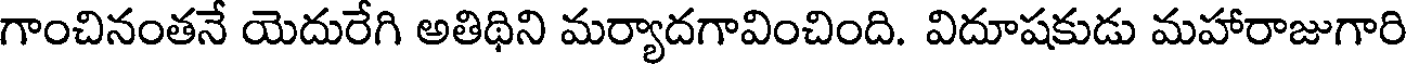
గాంచినంతనే యెదురేగి అతిథిని మర్యాదగావించింది. విదూషకుడు మహారాజుగారి